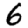
Digit: 6